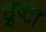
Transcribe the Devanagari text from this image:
द्र्ष्टा